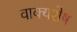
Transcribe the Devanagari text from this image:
वाक्यशेष